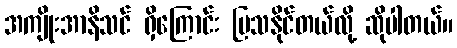
အကျိုးအာနိသင် ရှိကြောင်း ပြသနိုင်တယ်လို့ ဆိုပါတယ်။